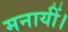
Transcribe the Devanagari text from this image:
मनायीं।